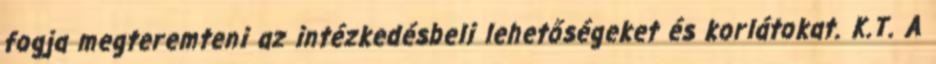
fogja megteremteni az intézkedésbeli lehetőségeket és korlátokat. K.T. A